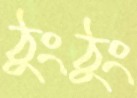
ঠুংঠুং